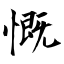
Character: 慨